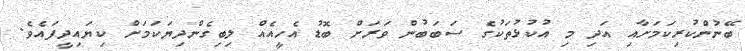
ބޭނުންކުރިކަމަށާއި އަދި މި އުކުޅުތަކުގެ ސަބަބުން ވަރަށް ބޮޑު އެހީއެއް ލިބިގެންދިޔަކަމަށް ކިޔައިދީފައެވެ.